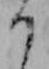
り